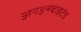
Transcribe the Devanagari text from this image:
अनइनवाइटेड